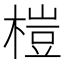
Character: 榿